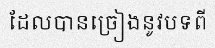
ដែលបានច្រៀងនូវបទពី